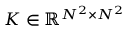
{ \cal K } \in \mathbb { R } ^ { N ^ { 2 } \times N ^ { 2 } }